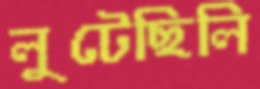
লুটেছিলি